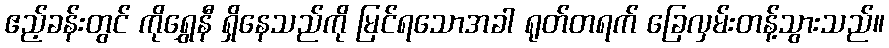
ဧည့်ခန်းတွင် ကိုရွှေနီ ရှိနေသည်ကို မြင်ရသောအခါ ရုတ်တရက် ခြေလှမ်းတန့်သွားသည်။